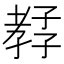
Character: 𡦊